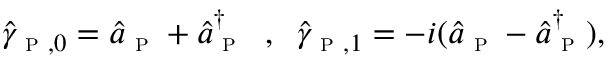
\begin{array} { r } { \hat { \gamma } _ { \textsc { p } , 0 } = \hat { a } _ { \textsc { p } } + \hat { a } _ { \textsc { p } } ^ { \dagger } \; \; , \; \; \hat { \gamma } _ { \textsc { p } , 1 } = - i ( \hat { a } _ { \textsc { p } } - \hat { a } _ { \textsc { p } } ^ { \dagger } ) , } \end{array}